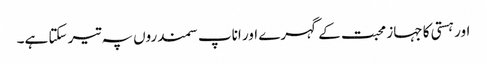
اور ہستی کا جہاز محبت کے گہرے اور اناپ سمندروں پہ تیر سکتا ہے۔